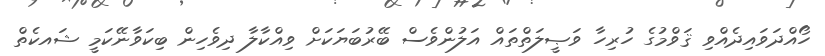
ހޯއްދަވައިދެއްވި ޤަވްމުގެ ހުރިހާ ވަޞީލަތްތައް އަލުންވެސް ބޭރުބަޔަކަށް ވިއްކާލާ ދިވެހިން ބިކަވާނޭކަމީ ޝައކެތް